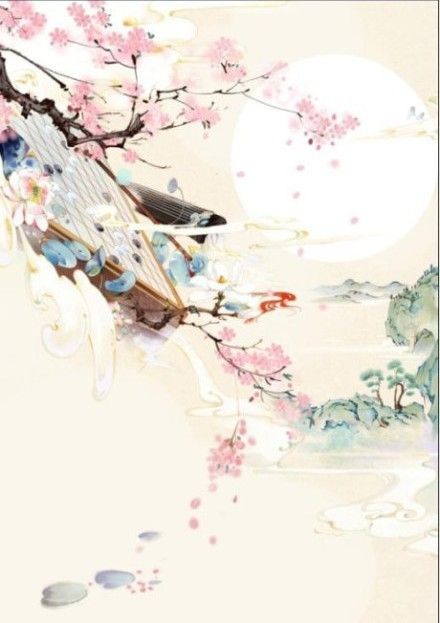
无处不伤心，轻尘在玉琴。